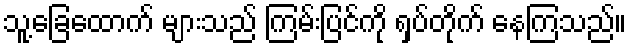
သူ့ခြေထောက် များသည် ကြမ်းပြင်ကို ရှပ်တိုက် နေကြသည်။